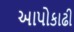
આપોકાઢી